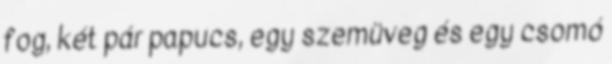
fog, két pár papucs, egy szemüveg és egy csomó